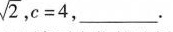
$$\sqrt{2},c=4$$ ，____。